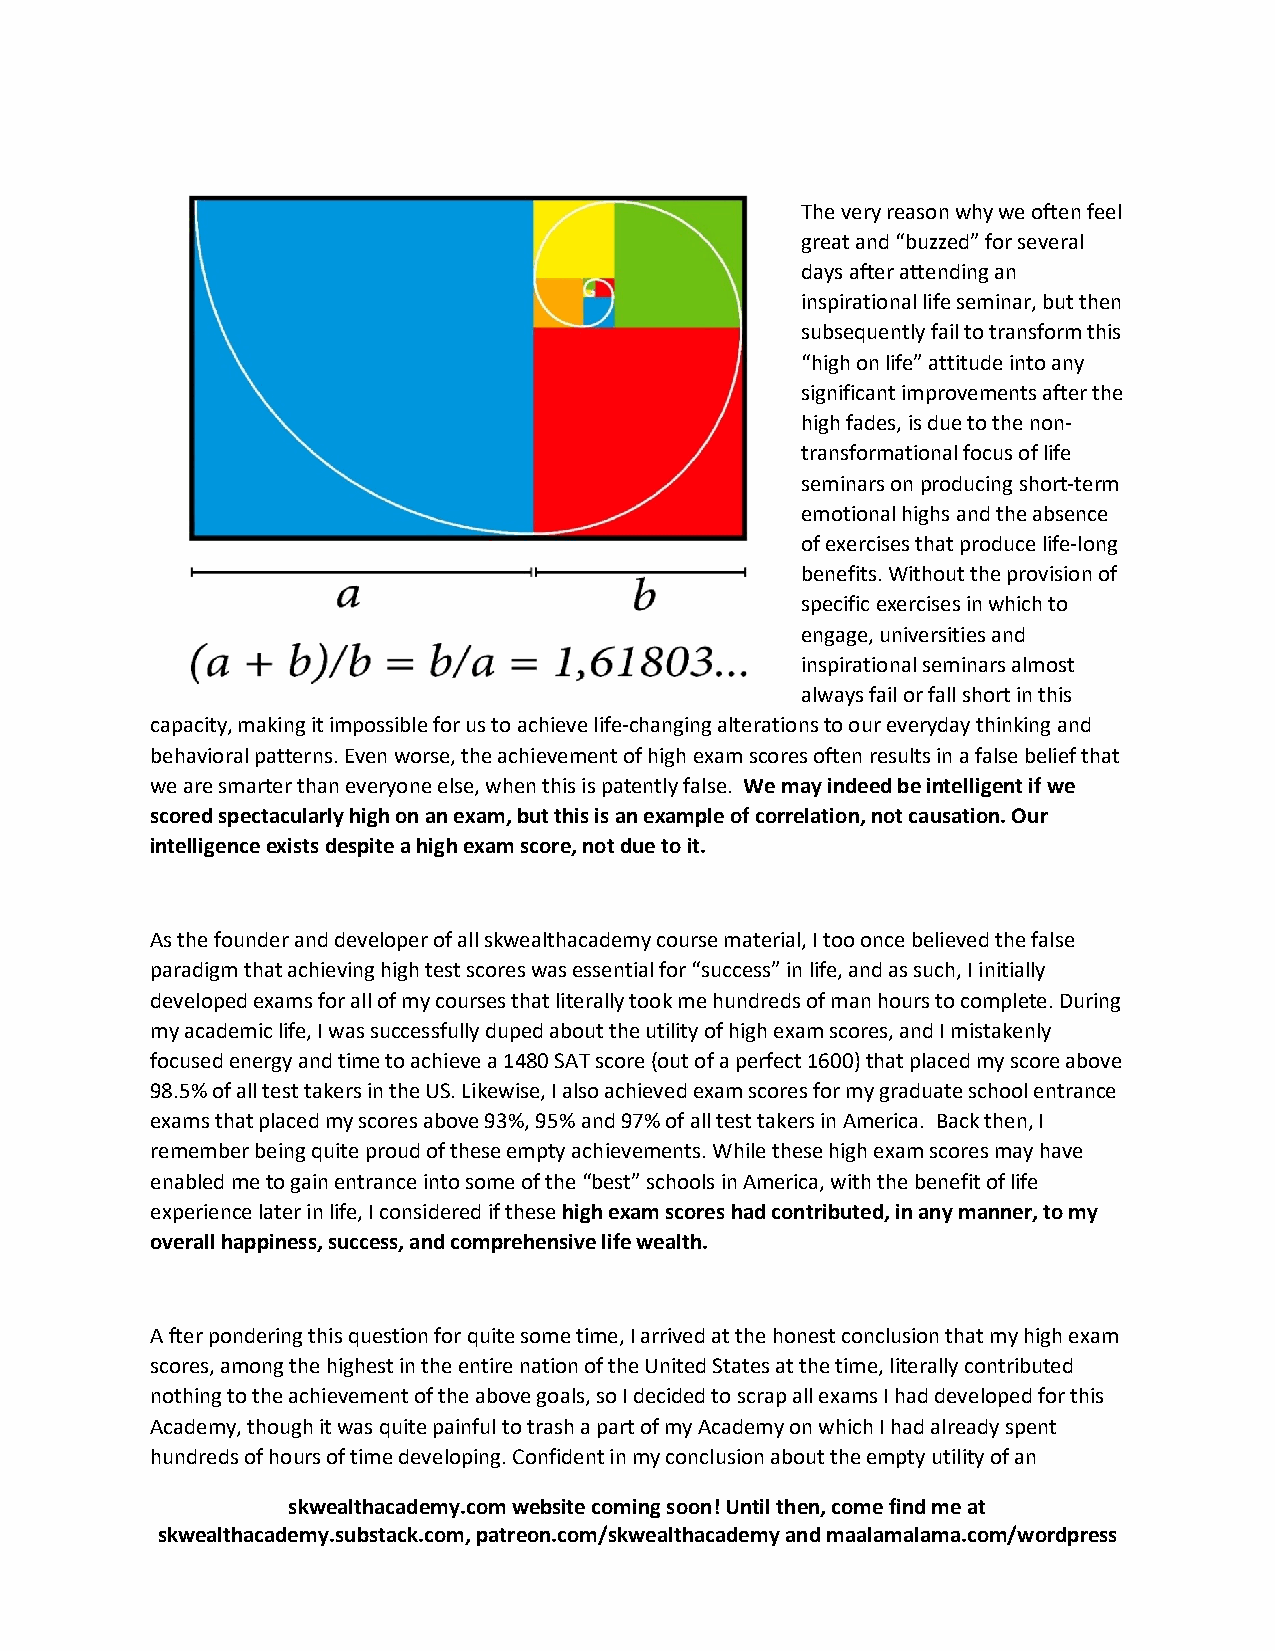
The very reason why we often feel
 great and “buzzed” for several
 days after attending an
 inspirational life seminar, but then
 subsequently fail to transform this
 “high on life” attitude into any
 significant improvements after the
 high fades, is due to the non-
 transformational focus of life
 seminars on producing short-term
 emotional highs and the absence
 of exercises that produce life-long
 benefits. Without the provision of
 specific exercises in which to
 engage, universities and
 inspirational seminars almost
 always fail or fall short in this
 capacity, making it impossible for us to achieve life-changing alterations to our everyday thinking and
 behavioral patterns. Even worse, the achievement of high exam scores often results in a false belief that
 we are smarter than everyone else, when this is patently false. We may indeed be intelligent if we
 scored spectacularly high on an exam, but this is an example of correlation, not causation. Our
 intelligence exists despite a high exam score, not due to it.
 As the founder and developer of all skwealthacademy course material, I too once believed the false
 paradigm that achieving high test scores was essential for “success” in life, and as such, I initially
 developed exams for all of my courses that literally took me hundreds of man hours to complete. During
 my academic life, I was successfully duped about the utility of high exam scores, and I mistakenly
 focused energy and time to achieve a 1480 SAT score (out of a perfect 1600) that placed my score above
 98.5% of all test takers in the US. Likewise, I also achieved exam scores for my graduate school entrance
 exams that placed my scores above 93%, 95% and 97% of all test takers in America. Back then, I
 remember being quite proud of these empty achievements. While these high exam scores may have
 enabled me to gain entrance into some of the “best” schools in America, with the benefit of life
 experience later in life, I considered if these high exam scores had contributed, in any manner, to my
 overall happiness, success, and comprehensive life wealth.
 A fter pondering this question for quite some time, I arrived at the honest conclusion that my high exam
 scores, among the highest in the entire nation of the United States at the time, literally contributed
 nothing to the achievement of the above goals, so I decided to scrap all exams I had developed for this
 Academy, though it was quite painful to trash a part of my Academy on which I had already spent
 hundreds of hours of time developing. Confident in my conclusion about the empty utility of an
 skwealthacademy.com website coming soon! Until then, come find me at
 skwealthacademy.substack.com, patreon.com/skwealthacademy and maalamalama.com/wordpress